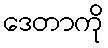
ဒေတာကို